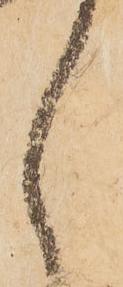
々